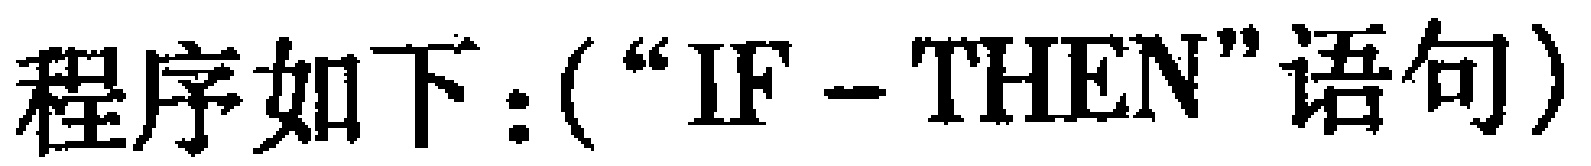
程序如下：(“IF - THEN”语句)